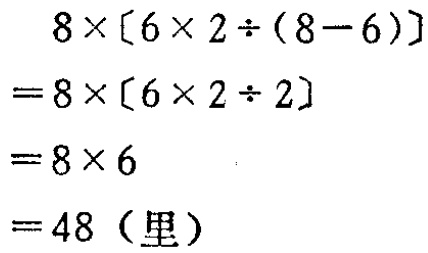
\[

\begin{align*}

&8\times[6\times2\div(8 - 6)]\\

=&8\times[6\times2\div2]\\

=&8\times6\\

=&48（里）

\end{align*}

\]